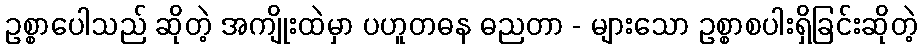
ဥစ္စာပေါသည် ဆိုတဲ့ အကျိုးထဲမှာ ပဟူတဓန ဓညတာ - များသော ဥစ္စာစပါးရှိခြင်းဆိုတဲ့